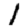
Digit: 1